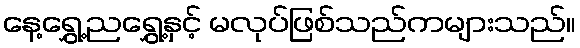
နေ့ရွှေ့ညရွှေ့နှင့် မလုပ်ဖြစ်သည်ကများသည်။